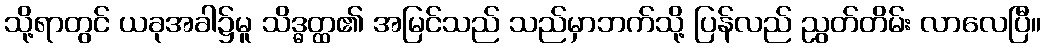
သို့ရာတွင် ယခုအခါ၌မူ သိဒ္ဓတ္ထ၏ အမြင်သည် သည်မှာဘက်သို့ ပြန်လည် ညွတ်တိမ်း လာလေပြီ။